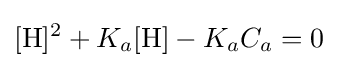
[{\ce {H}}]^{2}+K_{a}[{\ce {H}}]-K_{a}C_{a}=0